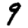
Digit: 9